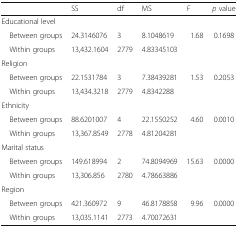
|  | SS | df | MS | F | p value |
 | --- | --- | --- | --- | --- | --- |
 | <COLSPAN=6> Educational level |
 | Between groups | 24.3146076 | 3 | 8.1048619 | <ROWSPAN=2> 1.68 | <ROWSPAN=2> 0.1698 |
 | Within groups | 13,432.1604 | 2779 | 4.83345103 |
 | <COLSPAN=6> Religion |
 | Between groups | 22.1531784 | 3 | 7.38439281 | <ROWSPAN=2> 1.53 | <ROWSPAN=2> 0.2053 |
 | Within groups | 13,434.3218 | 2779 | 4.8342288 |
 | <COLSPAN=6> Ethnicity |
 | Between groups | 88.6201007 | 4 | 22.1550252 | <ROWSPAN=2> 4.60 | <ROWSPAN=2> 0.0010 |
 | Within groups | 13,367.8549 | 2778 | 4.81204281 |
 | <COLSPAN=6> Marital status |
 | Between groups | 149.618994 | 2 | 74.8094969 | <ROWSPAN=2> 15.63 | <ROWSPAN=2> 0.0000 |
 | Within groups | 13,306.856 | 2780 | 4.78663886 |
 | <COLSPAN=6> Region |
 | Between groups | 421.360972 | 9 | 46.8178858 | <ROWSPAN=2> 9.96 | <ROWSPAN=2> 0.0000 |
 | Within groups | 13,035.1141 | 2773 | 4.70072631 |